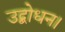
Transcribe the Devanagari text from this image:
उद्बोधन।